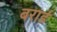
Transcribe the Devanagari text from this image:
बरार्ड